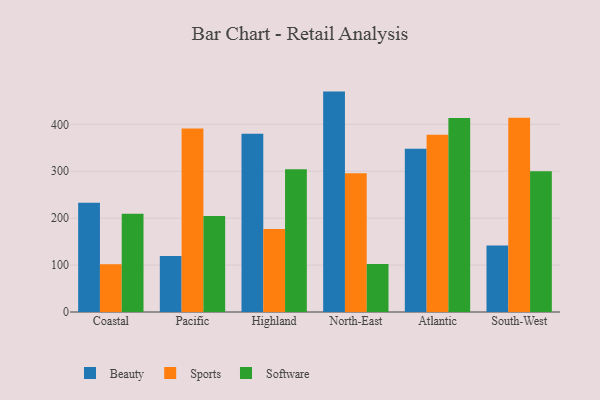
{"axis": {"x": "Region", "y": "Website Visitors"}, "legend": ["Beauty", "Software", "Sports"], "data": [{"x": "Coastal", "y": 233.0, "type": "Beauty"}, {"x": "Coastal", "y": 102.0, "type": "Sports"}, {"x": "Coastal", "y": 209.4, "type": "Software"}, {"x": "Pacific", "y": 119.2, "type": "Beauty"}, {"x": "Pacific", "y": 391.3, "type": "Sports"}, {"x": "Pacific", "y": 204.6, "type": "Software"}, {"x": "Highland", "y": 379.8, "type": "Beauty"}, {"x": "Highland", "y": 176.8, "type": "Sports"}, {"x": "Highland", "y": 304.2, "type": "Software"}, {"x": "North-East", "y": 469.8, "type": "Beauty"}, {"x": "North-East", "y": 295.6, "type": "Sports"}, {"x": "North-East", "y": 102.4, "type": "Software"}, {"x": "Atlantic", "y": 348.0, "type": "Beauty"}, {"x": "Atlantic", "y": 378.0, "type": "Sports"}, {"x": "Atlantic", "y": 413.6, "type": "Software"}, {"x": "South-West", "y": 141.5, "type": "Beauty"}, {"x": "South-West", "y": 413.8, "type": "Sports"}, {"x": "South-West", "y": 299.9, "type": "Software"}]}